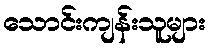
သောင်းကျန်းသူများ